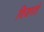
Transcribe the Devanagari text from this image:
विजगते